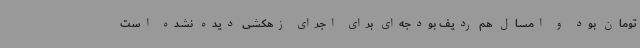
تومان بود و امسال هم ردیف بودجه‌ای برای اجرای زهکشی دیده نشده است